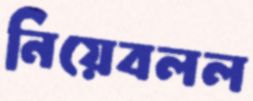
নিয়েবলল